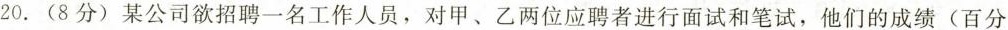
20.(8分)某公司欲招聘一名工作人员，对甲、乙两位应聘者进行面试和笔试，他们的成绩(百分